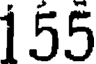
155